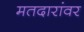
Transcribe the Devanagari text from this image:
मतदारांवर